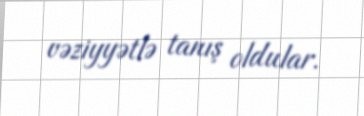
vəziyyətlə tanış oldular.